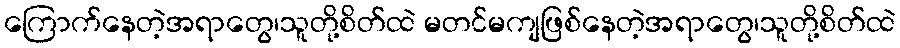
ကြောက်နေတဲ့အရာတွေ၊သူတို့စိတ်ထဲ မတင်မကျဖြစ်နေတဲ့အရာတွေ၊သူတို့စိတ်ထဲ